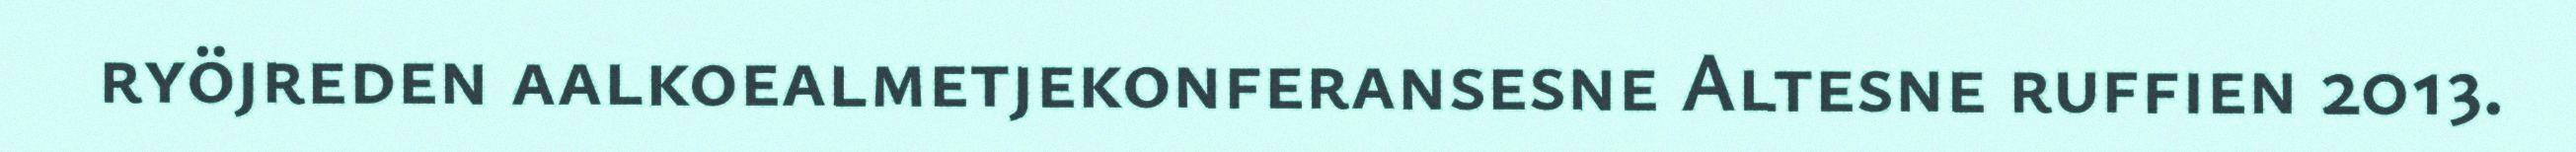
ryöjreden aalkoealmetjekonferansesne Altesne ruffien 2013.